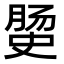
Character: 𭉅